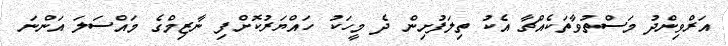
އަރްވިންދު މަސްތުވާތަކެއްޗާ އެކު ތިލަފުށިން ދެ މީހަކު ހައްޔަރުކޮށްފި ނާޒިމްގެ މައްސަލަ އަންނަ